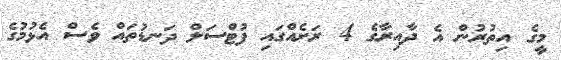
މީގެ އިތުރުން އެ ދާއިރާގެ 4 ރަށެއްގައި ފުޓްސަލް ދަނޑުތައް ވެސް އެޅުމުގެ